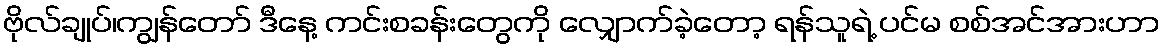
ဗိုလ်ချုပ်၊ကျွန်တော် ဒီနေ့ ကင်းစခန်းတွေကို လျှောက်ခဲ့တော့ ရန်သူရဲ့ ပင်မ စစ်အင်အားဟာ